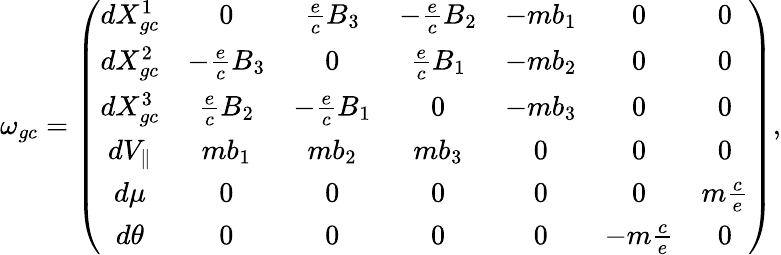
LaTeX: \omega_{gc}=\left(\begin{array}{ccccccc}{dX_{gc}^{1}}&{0}&{\frac{e}{c}B_{3}}&{-\frac{e}{c}B_{2}}&{-mb_{1}}&{0}&{0}\\ {dX_{gc}^{2}}&{-\frac{e}{c}B_{3}}&{0}&{\frac{e}{c}B_{1}}&{-mb_{2}}&{0}&{0}\\ {dX_{gc}^{3}}&{\frac{e}{c}B_{2}}&{-\frac{e}{c}B_{1}}&{0}&{-mb_{3}}&{0}&{0}\\ {dV_{\parallel}}&{mb_{1}}&{mb_{2}}&{mb_{3}}&{0}&{0}&{0}\\ {d\mu}&{0}&{0}&{0}&{0}&{0}&{m\frac{c}{e}}\\ {d\theta}&{0}&{0}&{0}&{0}&{-m\frac{c}{e}}&{0}\end{array}\right),